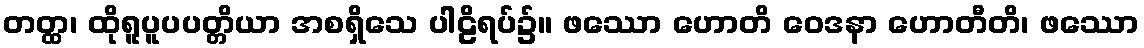
တတ္ထ၊ ထိုရူပူပပတ္တိယာ အစရှိသေ ပါဠိရပ်၌။ ဖဿော ဟောတိ ဝေဒနာ ဟောတီတိ၊ ဖဿော